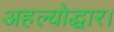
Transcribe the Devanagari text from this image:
अहल्योद्धार।